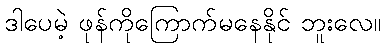
ဒါပေမဲ့ ဖုန်ကိုကြောက်မနေနိုင် ဘူးလေ။